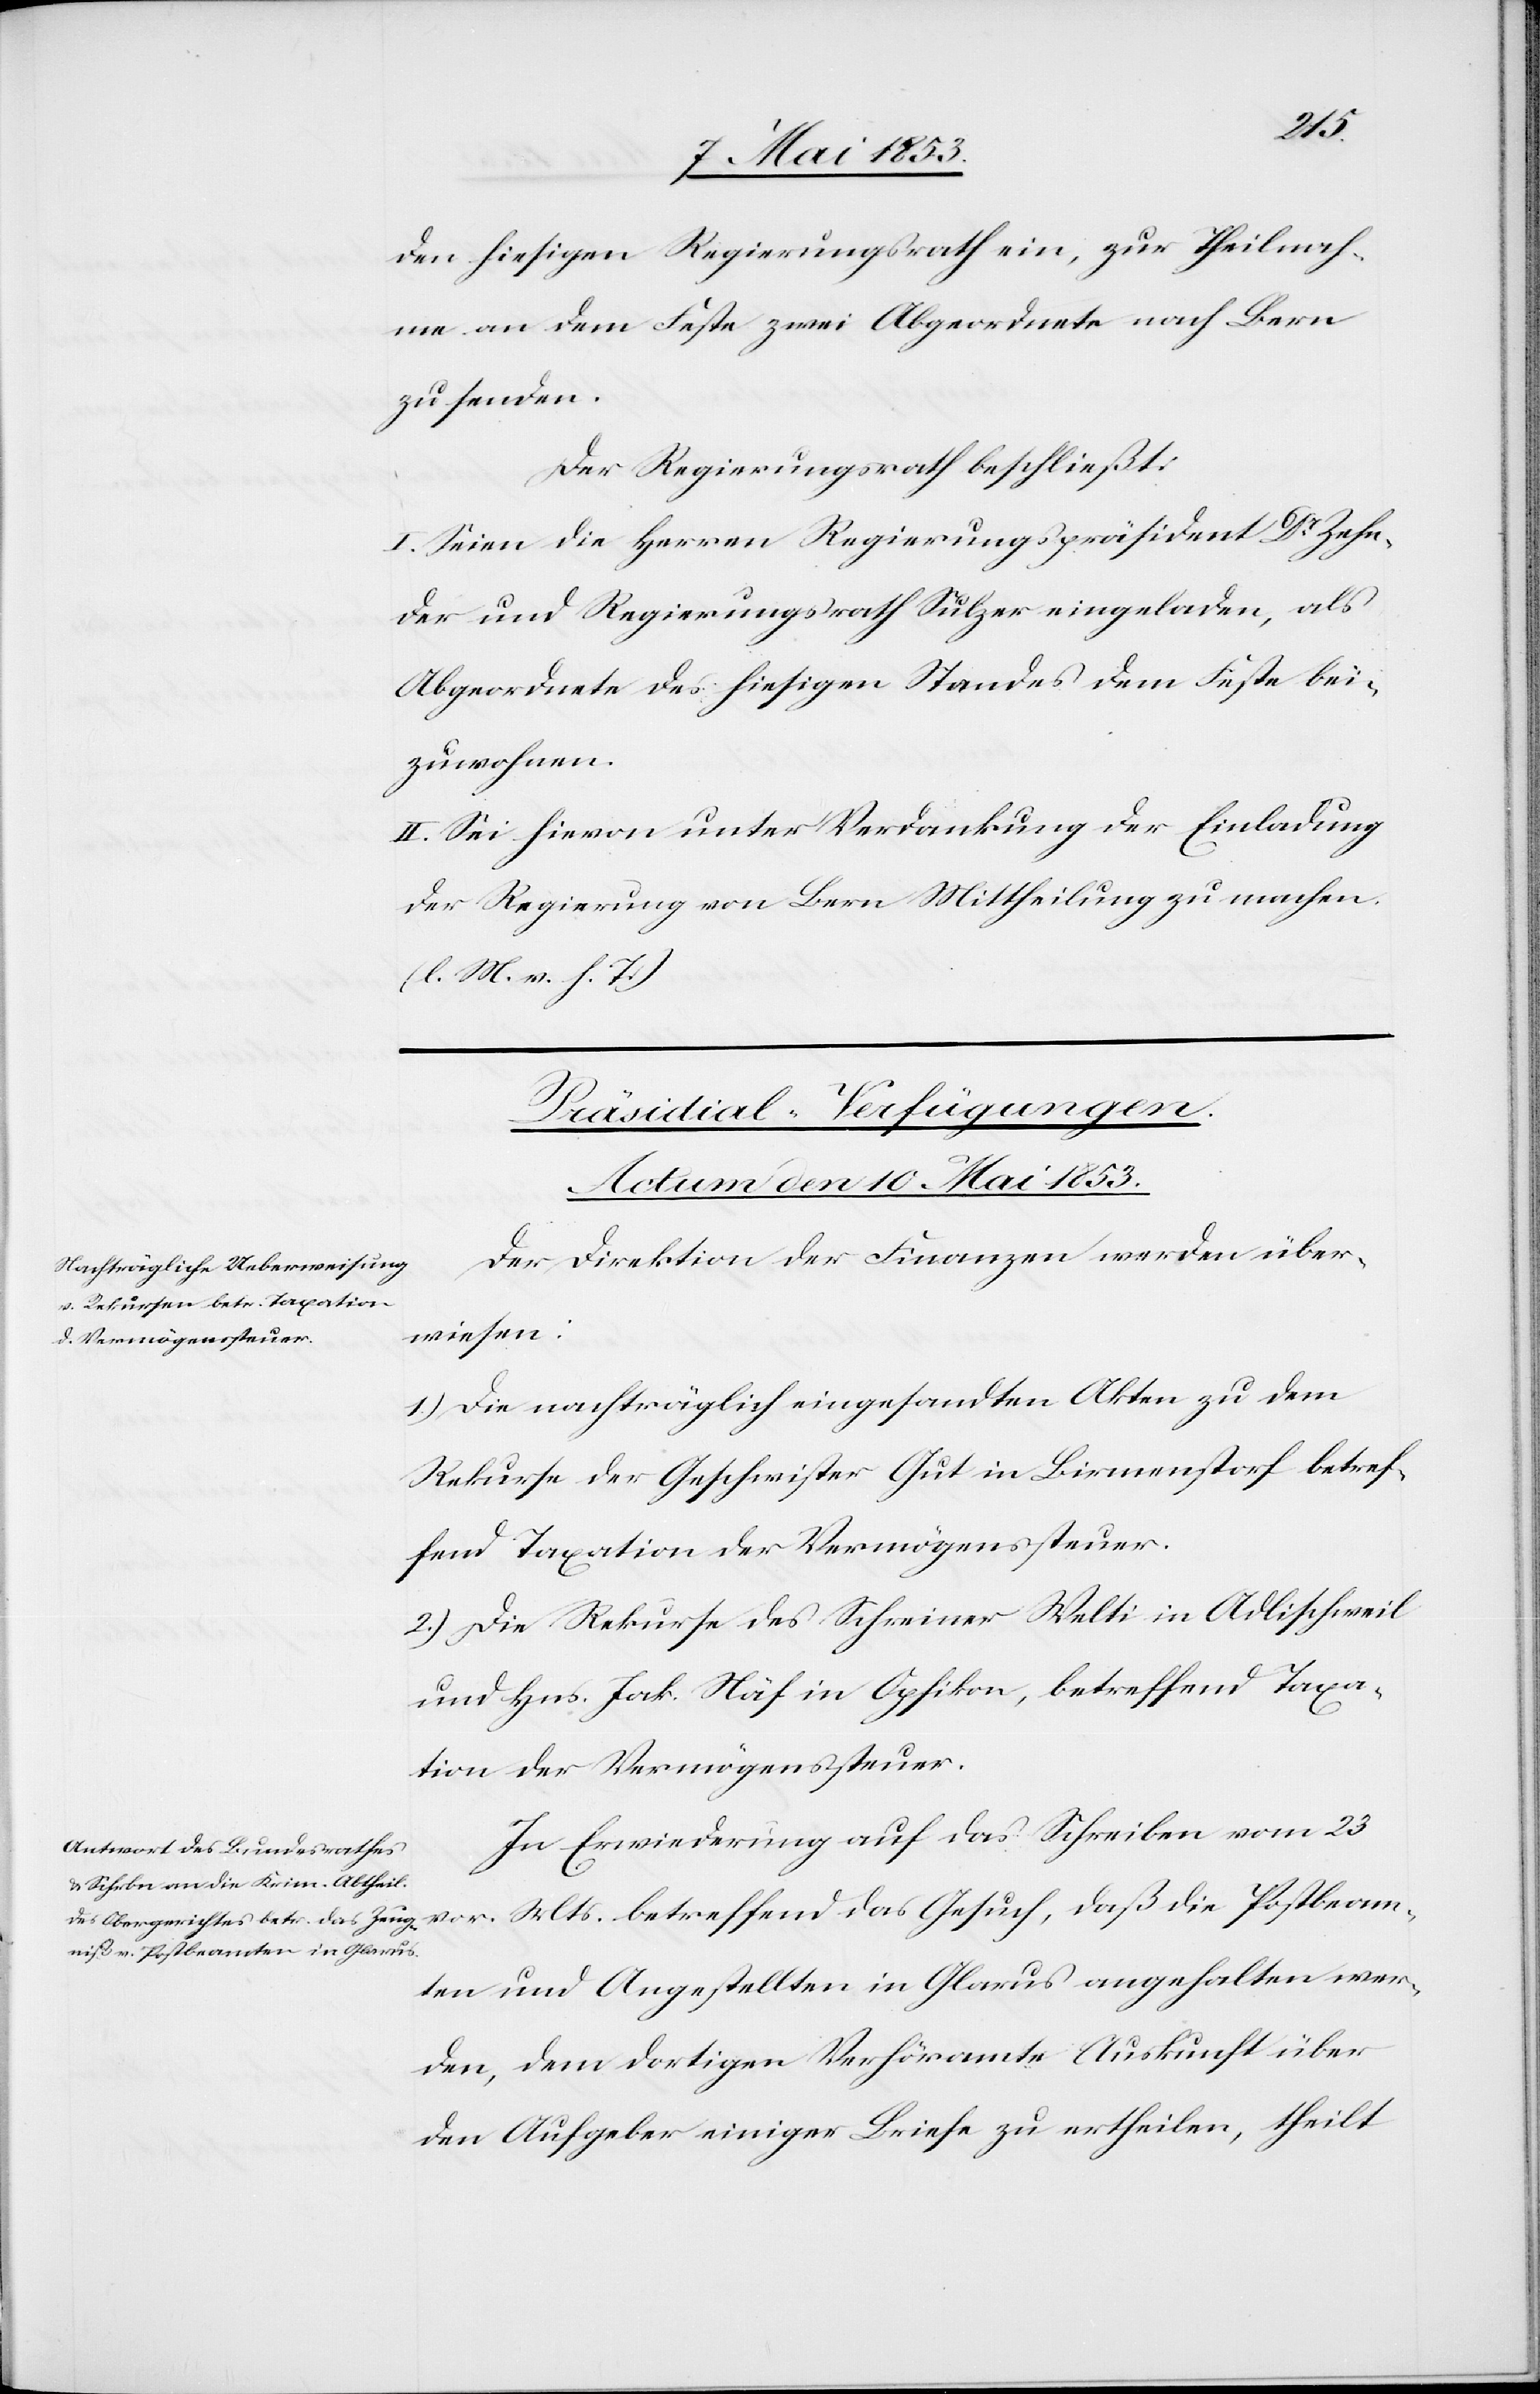
über
den hiesigen Regierungsrath ein, zur Theilnah¬
me an dem Feste zwei Abgeordnete nach Bern
zu senden.
Der Regierungsrath beschließt:
I. Seien die Herren Regierungspräsident Dr. Zehn¬
der und Regierungsrath Sulzer eingeladen, als
Abgeordnete des hiesigen Standes dem Feste bei¬
zuwohnen.
II. Sei hievon unter Verdankung der Einladung
der Regierung von Bern Mittheilung zu machen.
[l. M. v. h. T]
[Präsidial-Verfügungen.
Actum den 10 Mai 1853.]
Der Direktion der Finanzen werden über¬
wiesen:
1.) Die nachträglich eingesandten Akten zu dem
Rekurse der Geschwister Gut in Birmenstorf betref¬
fend Taxation der Vermögenssteuer.
2.) Die Rekurse des Schreiner Welti in Adlischweil
und Hns. Jak. Näf in Opfikon, betreffend Taxa¬
tion der Vermögenssteuer.
In Erwiederung auf das Schreiben vom 23
vor. Mts. betreffend das Gesuch, daß die Postbeam¬
ten und Angestellten in Glarus angehalten wer¬
den Aufgeber einiger Briefe zu ertheilen, theilt